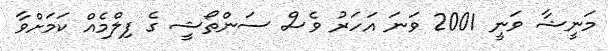
މަނީޝާ ވަނީ 2001 ވަނަ އަހަރު ވެސް ސަންތޯޝީ ގެ ފިލްމެއް ކަމަށްވާ